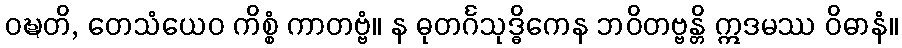
ဝဍ္ဎတိ, တေသံယေဝ ကိစ္စံ ကာတဗ္ဗံ။ န ဓုတင်္ဂသုဒ္ဓိကေန ဘဝိတဗ္ဗန္တိ ဣဒမဿ ဝိဓာနံ။